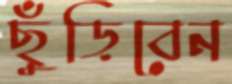
ছুঁড়িবেন